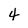
Character: 4